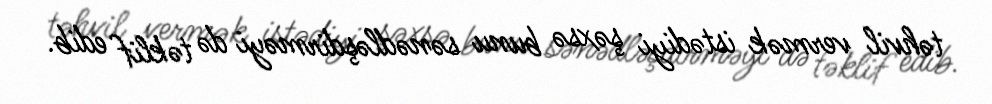
təhvil vermək istədiyi şəxsə bunu sənədləşdirməyi də təklif edib.